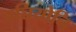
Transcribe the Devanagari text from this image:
पच्चियोनि